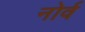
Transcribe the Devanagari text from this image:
नोर्व